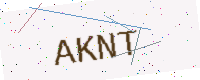
Text: AKNT